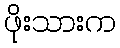
ဖိုးသားက